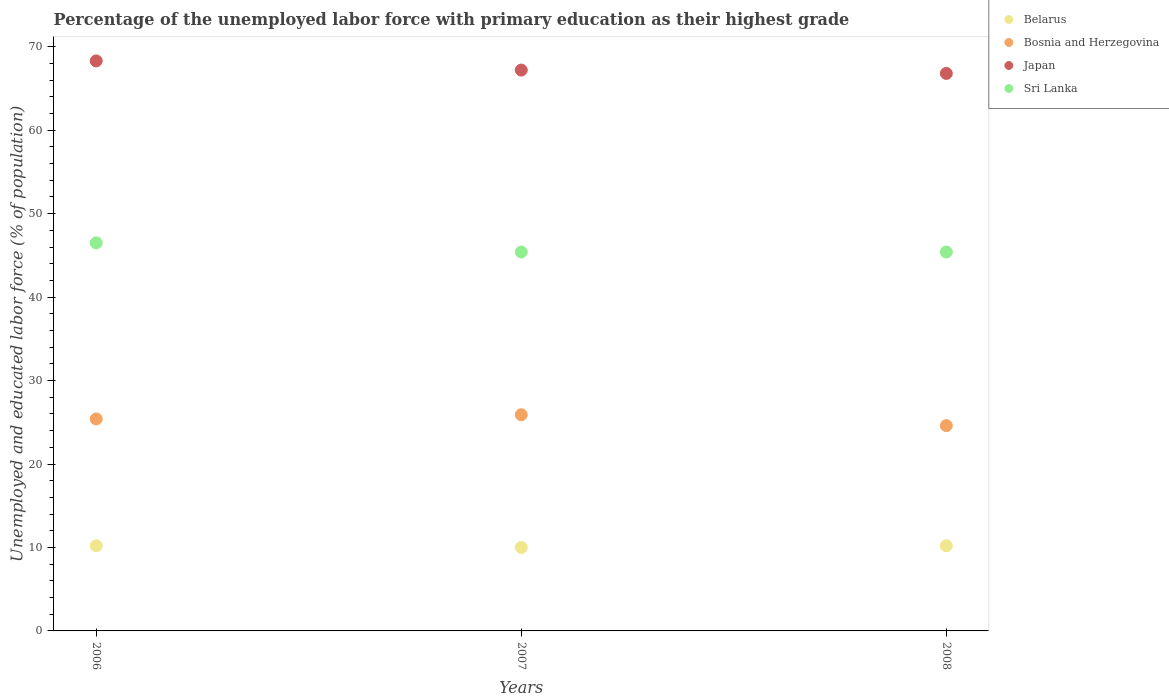
| Years | Belarus | Bosnia and Herzegovina | Japan | Sri Lanka |
 | --- | --- | --- | --- | --- |
 | 2006 | 10.2 | 25.4 | 68.3 | 46.5 |
 | 2007 | 10 | 25.9 | 67.2 | 45.4 |
 | 2008 | 10.2 | 24.6 | 66.8 | 45.4 |